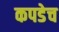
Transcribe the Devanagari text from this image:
कपडेच